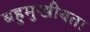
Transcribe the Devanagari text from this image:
बहुमुखीयता